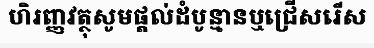
ហិរញ្ញវត្ថុសូមផ្តល់ដំបូន្មានឬជ្រើសរើស